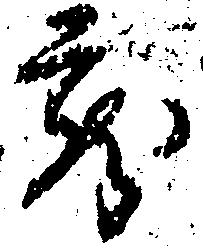
蔵